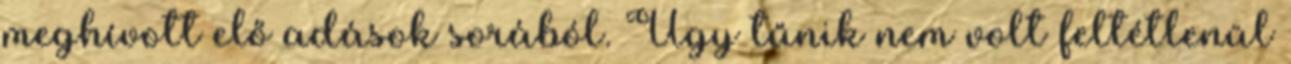
meghívott elő adások sorából. Úgy tűnik nem volt feltétlenül